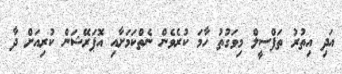
އަދި އިތުރު ތަފްސީލް މިވަގުތު ހާމަ ކުރެވެން ނެތްކަމަށާއި އޮޕަރޭޝަން ކުރިއަށް ދާ